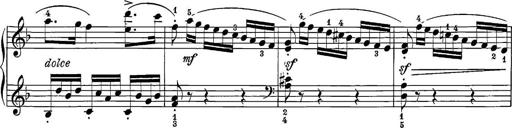
Title: 12 Sonatine per Pianoforte
Composer: Friedrich Kuhlau